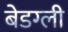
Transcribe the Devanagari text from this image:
बेडग्ली